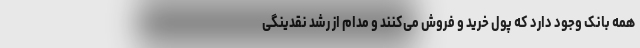
همه بانک وجود دارد که پول خرید و فروش می‌کنند و مدام از رشد نقدینگی